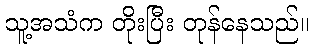
သူ့အသံက တိုးပြီး တုန်နေသည်။